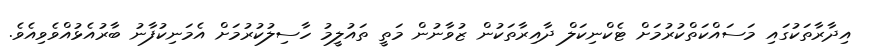
އިދާރާތަކުގައި މަސައްކަތްކުރުމަށް ޓެކްނިކަލް ދާއިރާތަކުން ޒުވާނުން މަތީ ތައުލީމު ހާސިލުކުރުމަށް އެމަނިކުފާނު ބާރުއެޅުއްވެވިއެވެ.